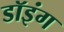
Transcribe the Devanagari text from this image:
डॉइंग